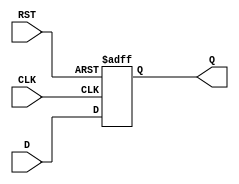
module IntermediateRegister #(
    parameter WIDTH = 8  // Define the bit-width of the register
)(
    input  wire [WIDTH-1:0] D,     // Data input
    input  wire CLK,                 // Clock input
    input  wire RST,                 // Reset input
    output reg  [WIDTH-1:0] Q        // Data output
);

// Register behavior
always @(posedge CLK or posedge RST) begin
    if (RST) begin
        Q <= {WIDTH{1'b0}};  // Reset output to 0 (or specific reset value)
    end else begin
        Q <= D;              // Capture input data on clock edge
    end
end

endmodule